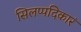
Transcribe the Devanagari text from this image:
सिलप्पदिकारं